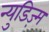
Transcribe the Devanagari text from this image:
न्युडिज़्म